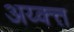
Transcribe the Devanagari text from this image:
अय्क्त्त